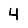
Digit: 4